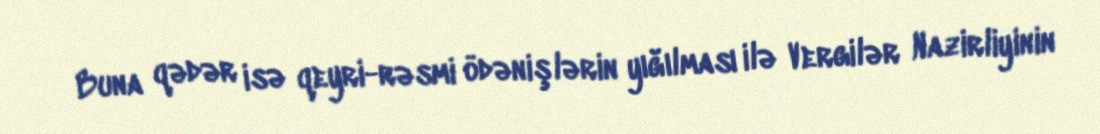
Buna qədər isə qeyri-rəsmi ödənişlərin yığılması ilə Vergilər Nazirliyinin